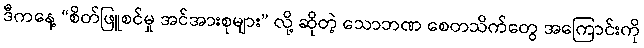
ဒီကနေ့ “စိတ်ဖြူစင်မှု အင်အားစုများ” လို့ ဆိုတဲ့ သောဘဏ စေတသိက်တွေ အကြောင်းကို